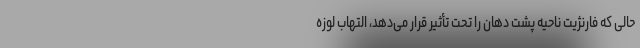
حالی که فارنژیت ناحیه پشت دهان را تحت تأثیر قرار می‌دهد، التهاب لوزه